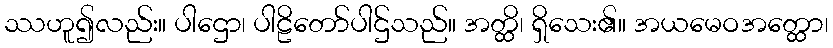
ဿဟူ၍လည်း။ ပါဌော၊ ပါဠိတော်ပါဌ်သည်။ အတ္ထိ၊ ရှိသေး၏။ အယမေဝအတ္ထော၊